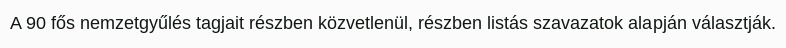
A 90 fős nemzetgyűlés tagjait részben közvetlenül, részben listás szavazatok alapján választják.